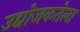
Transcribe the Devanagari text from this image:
उद्योजकतेला